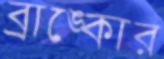
ব্রাঙ্কোর